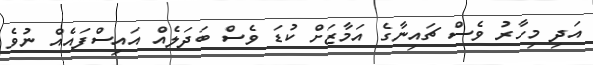
އަދި މިހާރު ވެސް ޗައިނާގެ އަމާޒަށް ކުޑަ ވެސް ބަދަލެއް އައިސްފައެއް ނުވެ